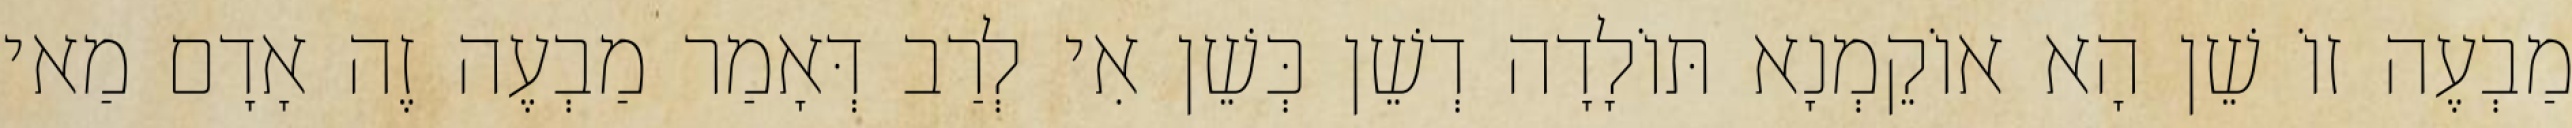
מַבְעֶה זוֹ שֵׁן הָא אוֹקֵמְנָא תּוֹלָדָה דְשֵׁן כְּשֵׁן אִי לְרַב דְּאָמַר מַבְעֶה זֶה אָדָם מַאי